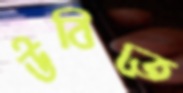
উবিতে